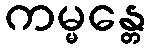
ကမ္မန္တေ